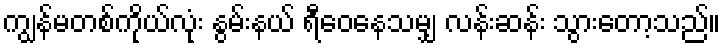
ကျွန်မတစ်ကိုယ်လုံး နွမ်းနယ် ရီဝေနေသမျှ လန်းဆန်း သွားတော့သည်။